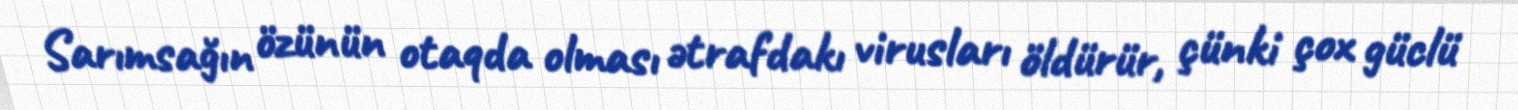
Sarımsağın özünün otaqda olması ətrafdakı virusları öldürür, çünki çox güclü